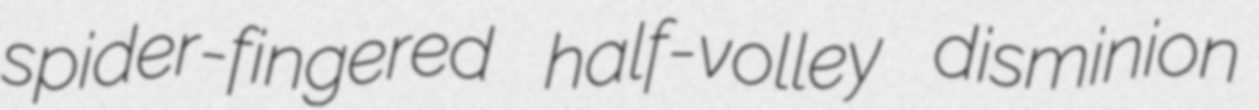
spider-fingered half-volley disminion